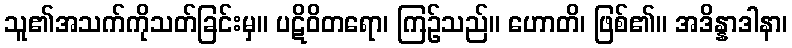
သူ၏အသက်ကိုသတ်ခြင်းမှ။ ပဋိဝိတရော၊ ကြဉ်သည်။ ဟောတိ၊ ဖြစ်၏။ အဒိန္နာဒါနာ၊